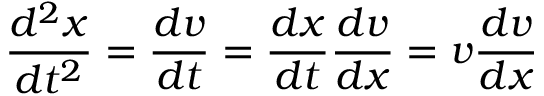
{ \frac { d ^ { 2 } x } { d t ^ { 2 } } } = { \frac { d v } { d t } } = { \frac { d x } { d t } } { \frac { d v } { d x } } = v { \frac { d v } { d x } }